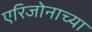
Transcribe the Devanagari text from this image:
एरिजोनाच्या